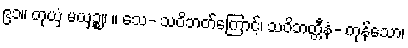
၉၁။ တုယှံ မယှဉ္စ။ ။ သေ- သဝိဘတ်ကြောင့်၊ သဝိဘတ္တီနံ- ကုန်သော၊